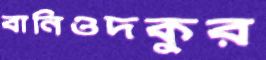
বানিওদকুর